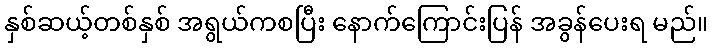
နှစ်ဆယ့်တစ်နှစ် အရွယ်ကစပြီး နောက်ကြောင်းပြန် အခွန်ပေးရ မည်။